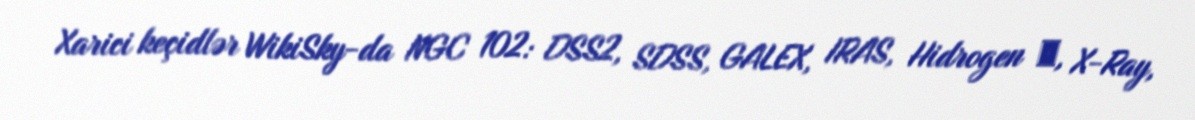
Xarici keçidlər WikiSky-da NGC 102: DSS2, SDSS, GALEX, IRAS, Hidrogen α, X-Ray,